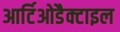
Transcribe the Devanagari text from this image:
आर्टिओडैक्टाइल